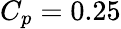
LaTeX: C_{p}=0.25